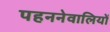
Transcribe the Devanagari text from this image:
पहननेवालियों